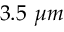
3 . 5 \ \mu m